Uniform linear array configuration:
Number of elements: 4
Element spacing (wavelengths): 0.5
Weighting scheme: kaiser
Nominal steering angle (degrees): -45
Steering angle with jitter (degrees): -46.626
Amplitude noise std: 0.05
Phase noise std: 0.05

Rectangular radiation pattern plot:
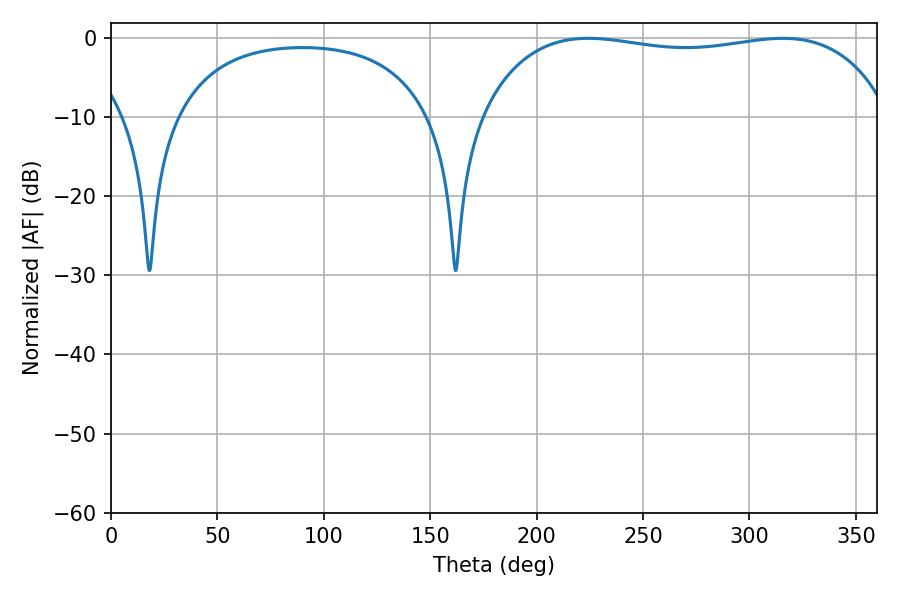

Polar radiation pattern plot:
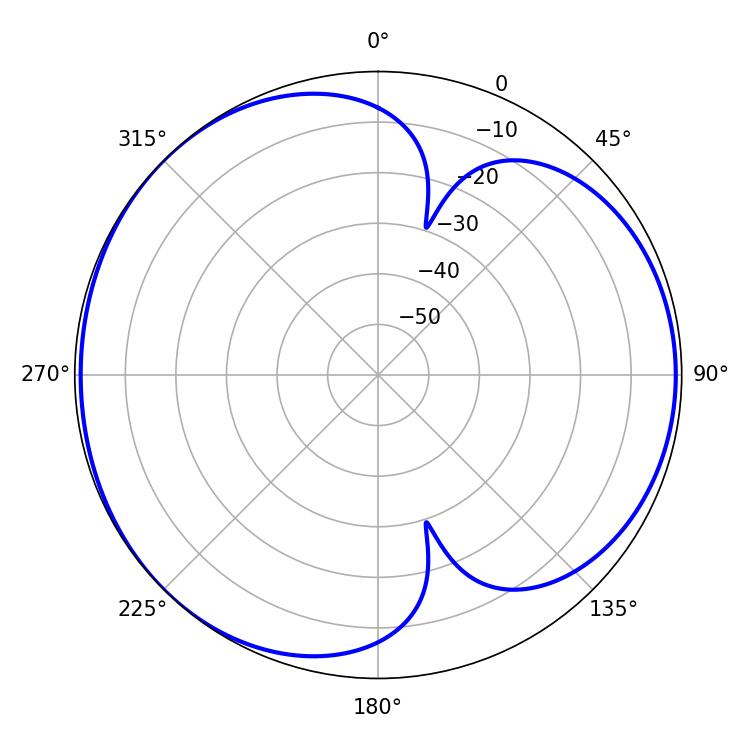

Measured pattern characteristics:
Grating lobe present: FALSE
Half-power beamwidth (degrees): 154.44
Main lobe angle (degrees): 224.28